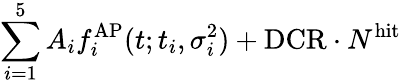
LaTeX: \sum_{i=1}^{5}{A_{i}f_{i}^{\mathrm{AP}}(t;t_{i},\sigma_{i}^{2})}+\mathrm{DCR}\cdot N^{\mathrm{hit}}